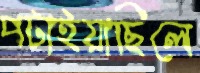
পটাইয়াছিলে